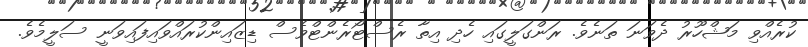
ކުރެއްވި މަޝްހޫރު ދެވަނަ ތަނެވެެ. ރަންގަލީގައި ހެދި އިތާ ރެސްޓޯރެންޓްވެސް ޑިޒައިންކުރައްވައިފައިވަނީ ސަލީމެވެެ.